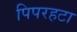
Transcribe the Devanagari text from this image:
पिपरहटा